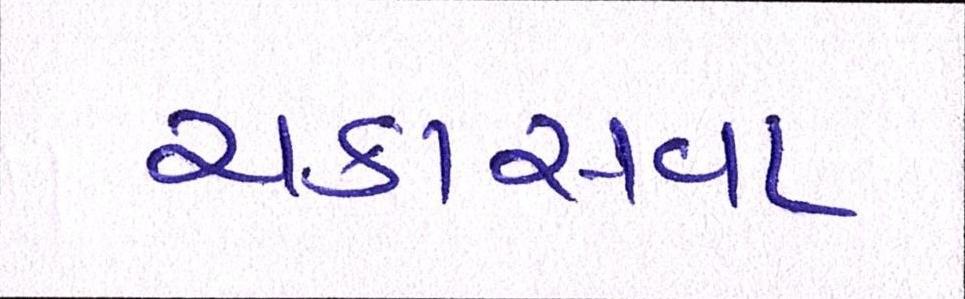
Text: ચકાસવા